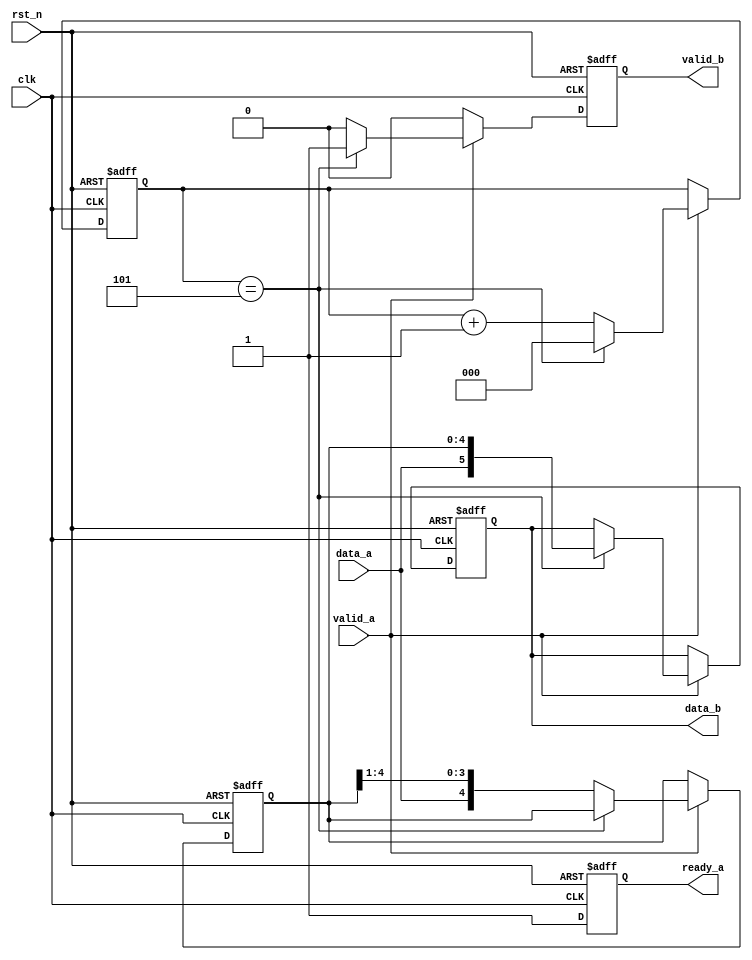
// ======================================================================
// Affiliation:			Tsinghua Univ
// Module Name:			s_to_p
// Description:			serial to parallel conversion
// Additional Comments:	VL30 on nowcoder
// ======================================================================

`timescale 1ns/1ns

module s_to_p (
	input	wire				rst_n,
	input	wire				clk,
	input	wire				valid_a,
	input	wire				data_a,
	output	wire				ready_a,
	output	wire				valid_b,
	output	wire	[5: 0]		data_b
);

reg					ready_a_reg;
reg					valid_b_reg;
reg		[5: 0]		data_b_reg;
reg		[2: 0]		cnt;
reg		[4: 0]		data_temp;

assign	ready_a  =  ready_a_reg;
assign	valid_b  =  valid_b_reg;
assign	data_b   =  data_b_reg;

always @(posedge clk or negedge rst_n) begin
	if (~rst_n) begin
		ready_a_reg <= 1'b0;
		valid_b_reg <= 1'b0;
		data_b_reg <= 6'd0;
		cnt <= 3'd0;
		data_temp <= 5'd0;
	end
	else begin
		ready_a_reg <= 1'b1;
		if (valid_a == 1'b1) begin
			cnt <= cnt + 3'd1;
			if (cnt == 3'd5) begin
				cnt <= 3'd0;
				valid_b_reg <= 1'b1;
				data_b_reg <= {data_a, data_temp};
			end
			else begin
				valid_b_reg <= 1'b0;
				data_temp = {data_a, data_temp[4: 1]};
			end
		end
		else begin
			valid_b_reg <= 1'b0;
		end
	end
end

endmodule